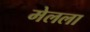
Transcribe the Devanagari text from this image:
मेलला